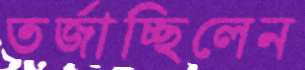
তর্জাচ্ছিলেন